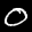
Label: 0